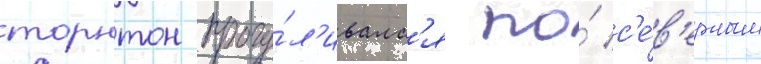
торнтон прогу́л'ивалс'я по́ с'е́в'ерным